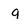
Character: q